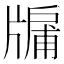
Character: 牖